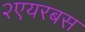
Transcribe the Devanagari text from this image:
२एयरबस